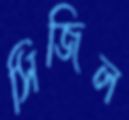
সিজিল